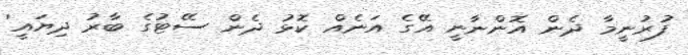
ފުރުނީމާ ދެން އޮންނާނީ އޭގެ އަނެއް ކޮޅު ދެން ސޭޓުގެ ބާރު ދިޔައީ'